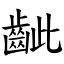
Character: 齜